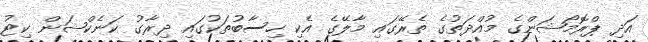
އަދި ޕްރޮމޯޝަންގެ މުއްދަތުގެ ތެރޭގައި މާލޭގެ އެކި ހިސާބުތަކުގައި ދިރާގު ކަނެކްޝަން ކިޓު